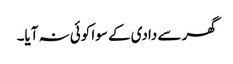
گھر سے دادی کے سوا کوئی نہ آیا۔